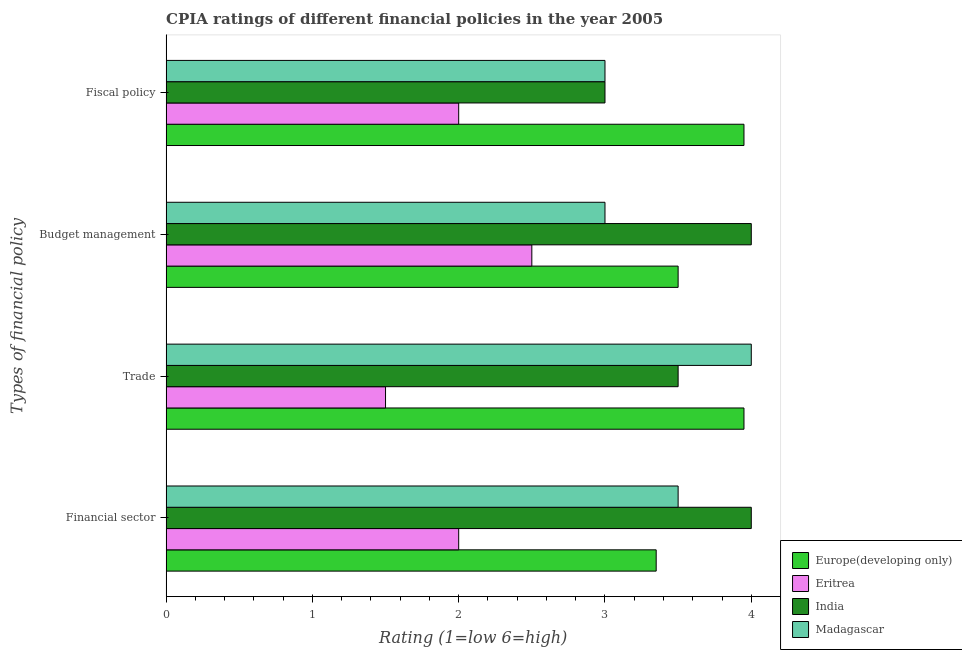
| Types of financial policy | Europe(developing only) | Eritrea | India | Madagascar |
 | --- | --- | --- | --- | --- |
 | Financial sector | 3.35 | 2 | 4 | 3.5 |
 | Trade | 3.95 | 1.5 | 3.5 | 4 |
 | Budget management | 3.5 | 2.5 | 4 | 3 |
 | Fiscal policy | 3.95 | 2 | 3 | 3 |